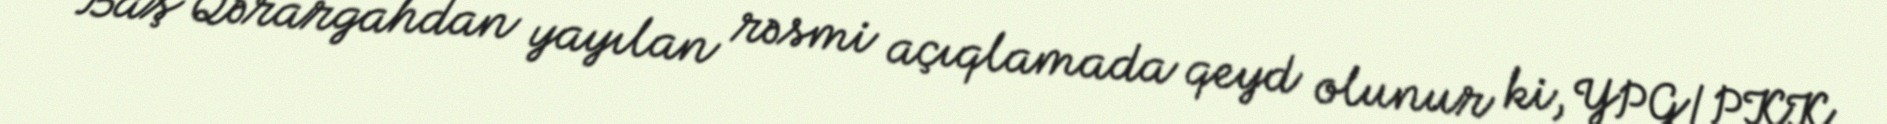
Baş Qərargahdan yayılan rəsmi açıqlamada qeyd olunur ki, YPG/PKK